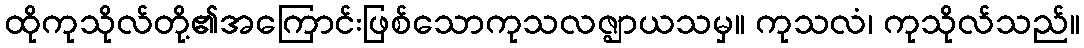
ထိုကုသိုလ်တို့၏အကြောင်းဖြစ်သောကုသလဇ္ဈာယသမှ။ ကုသလံ၊ ကုသိုလ်သည်။